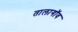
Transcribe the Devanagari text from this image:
तालागॉव